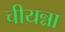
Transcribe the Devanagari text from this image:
चीयन्ना